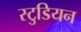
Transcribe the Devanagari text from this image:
स्टुडियन